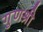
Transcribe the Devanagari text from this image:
गुणश्री